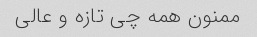
ممنون همه چی تازه و عالی